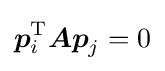
{\boldsymbol {p}}_{i}^{\mathrm {T} }{\boldsymbol {Ap}}_{j}=0